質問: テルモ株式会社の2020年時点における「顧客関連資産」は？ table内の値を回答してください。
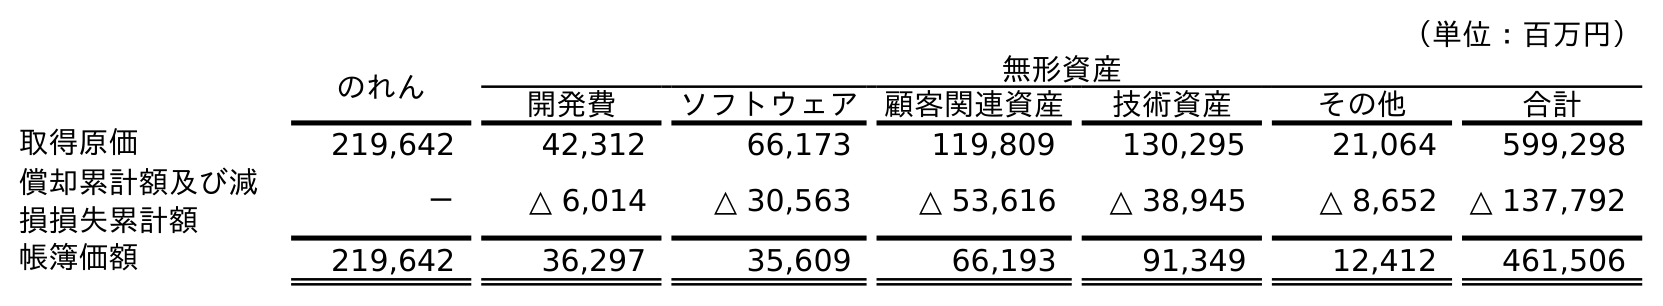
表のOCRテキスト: （単位：百万円） のれん 無形資産 開発費 ソフトウェア 顧客関連資産 技術資産 その他 合計 取得原価 219,642 42,312 66,173 119,809 130,295 21,064 599,298 償却累計額及び減 損損失累計額 － △ 6,014 △ 30,563 △ 53,616 △ 38,945 △ 8,652 △ 137,792 帳簿価額 219,642 36,297 35,609 66,193 91,349 12,412 461,506
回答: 66,193